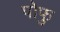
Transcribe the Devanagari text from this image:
पोफु